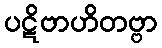
ပဋိဗာဟိတဗ္ဗာ